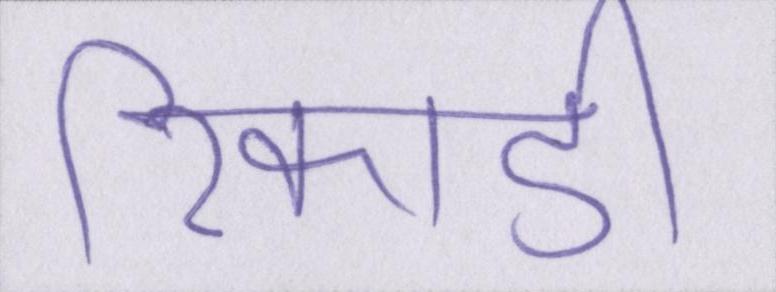
रिकार्ड